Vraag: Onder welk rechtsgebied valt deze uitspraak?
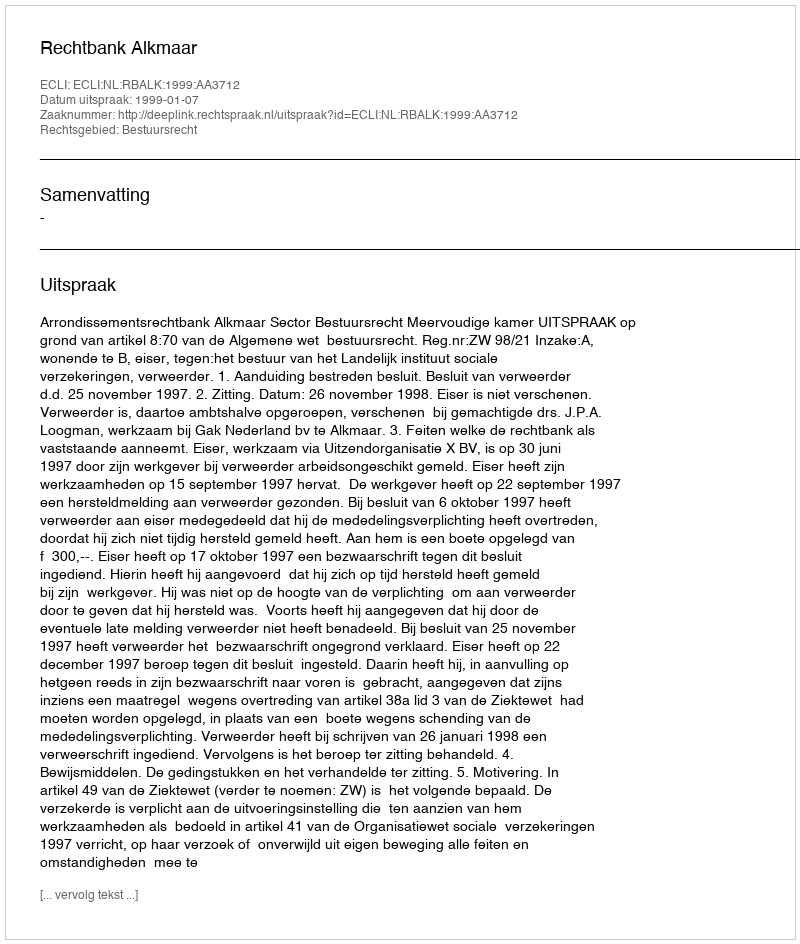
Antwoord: Bestuursrecht